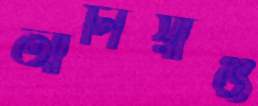
আলিয়াঞ্জ